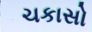
ચકાસો